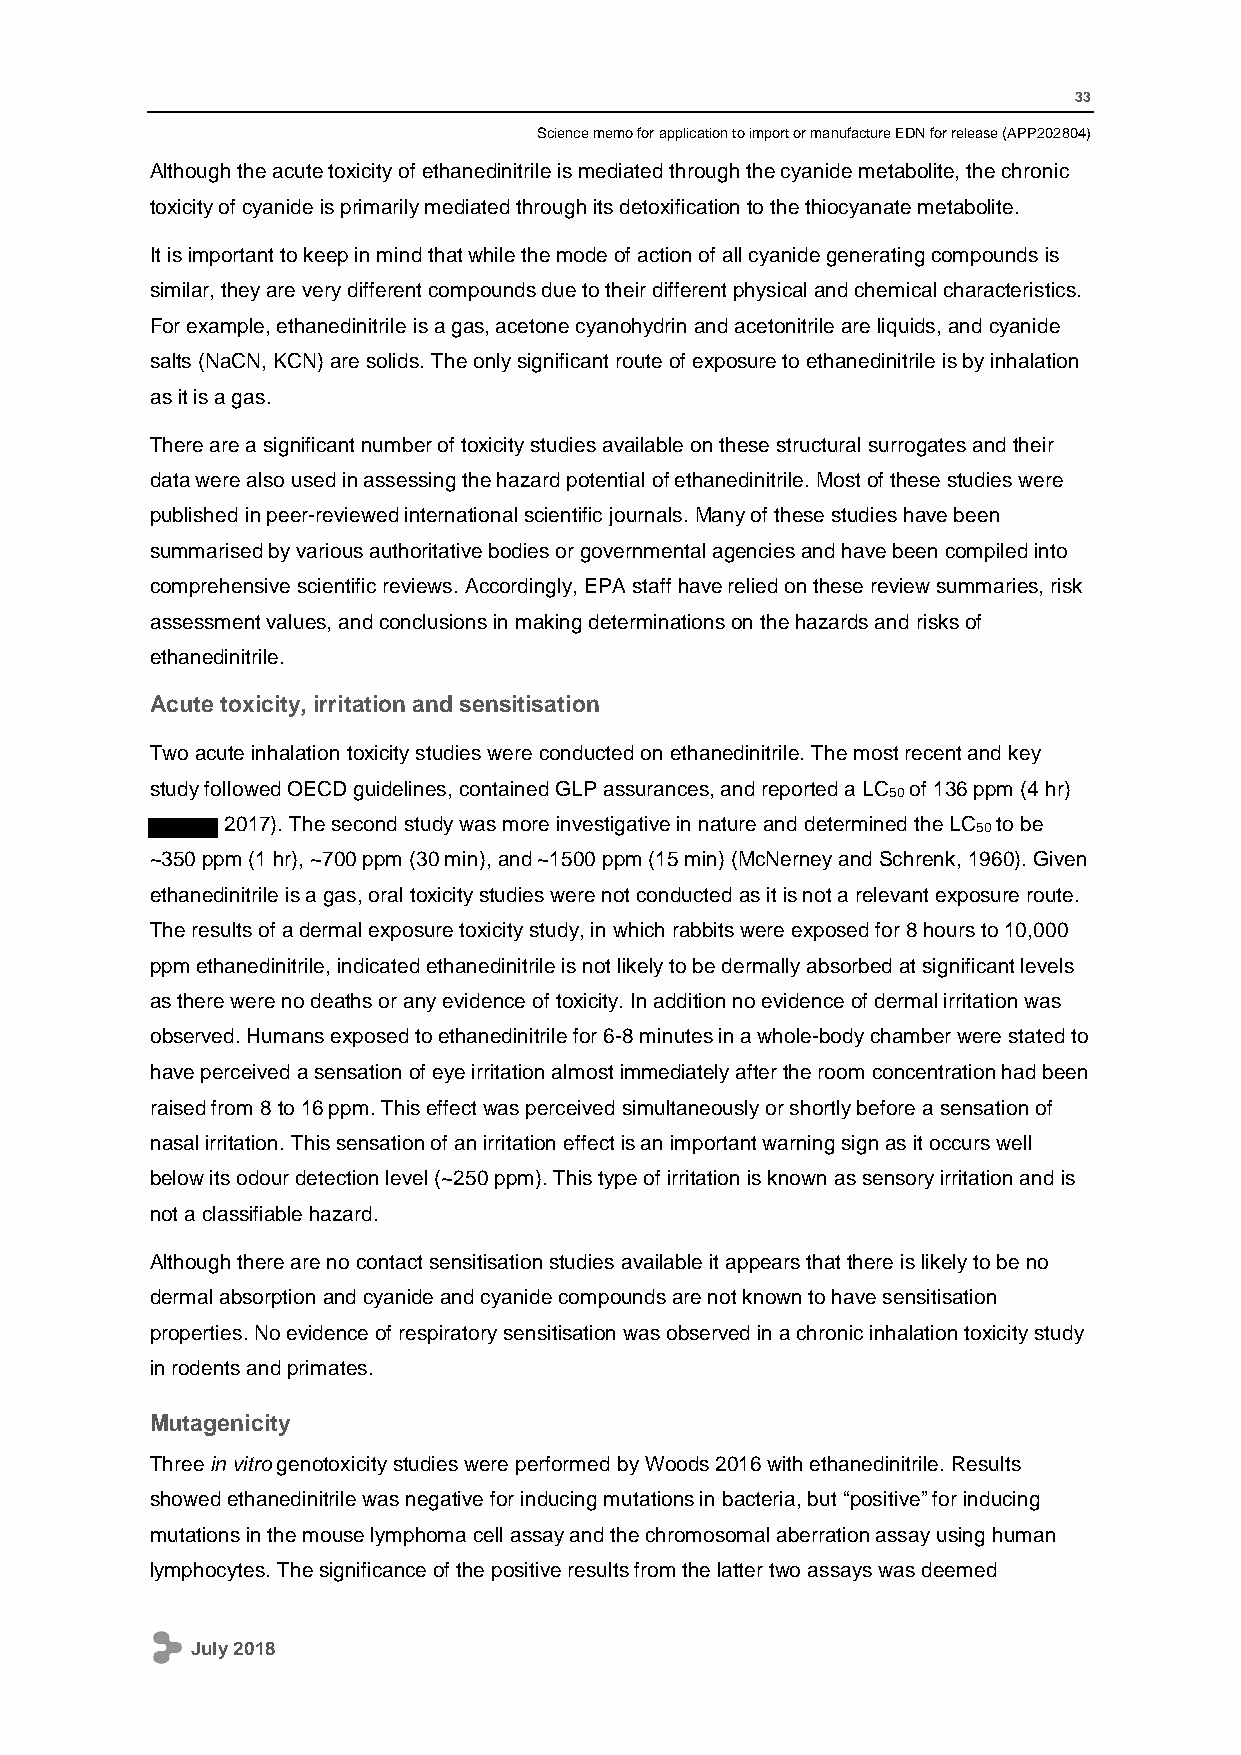
33
 Science memo for application to import or manufacture EDN for release (APP202804)
 Although the acute toxicity of ethanedinitrile is mediated through the cyanide metabolite, the chronic
 toxicity of cyanide is primarily mediated through its detoxification to the thiocyanate metabolite.
 It is important to keep in mind that while the mode of action of all cyanide generating compounds is
 similar, they are very different compounds due to their different physical and chemical characteristics.
 For example, ethanedinitrile is a gas, acetone cyanohydrin and acetonitrile are liquids, and cyanide
 salts (NaCN, KCN) are solids. The only significant route of exposure to ethanedinitrile is by inhalation
 as it is a gas.
 There are a significant number of toxicity studies available on these structural surrogates and their
 data were also used in assessing the hazard potential of ethanedinitrile. Most of these studies were
 published in peer-reviewed international scientific journals. Many of these studies have been
 summarised by various authoritative bodies or governmental agencies and have been compiled into
 comprehensive scientific reviews. Accordingly, EPA staff have relied on these review summaries, risk
 assessment values, and conclusions in making determinations on the hazards and risks of
 ethanedinitrile.
 Acute toxicity, irritation and sensitisation
 Two acute inhalation toxicity studies were conducted on ethanedinitrile. The most recent and key
 study followed OECD guidelines, contained GLP assurances, and reported a LC of 136 ppm (4 hr)
 50
 2017). The second study was more investigative in nature and determined the LC to be
 50
 ~350 ppm (1 hr), ~700 ppm (30 min), and ~1500 ppm (15 min) (McNerney and Schrenk, 1960). Given
 ethanedinitrile is a gas, oral toxicity studies were not conducted as it is not a relevant exposure route.
 The results of a dermal exposure toxicity study, in which rabbits were exposed for 8 hours to 10,000
 ppm ethanedinitrile, indicated ethanedinitrile is not likely to be dermally absorbed at significant levels
 as there were no deaths or any evidence of toxicity. In addition no evidence of dermal irritation was
 observed. Humans exposed to ethanedinitrile for 6-8 minutes in a whole-body chamber were stated to
 have perceived a sensation of eye irritation almost immediately after the room concentration had been
 raised from 8 to 16 ppm. This effect was perceived simultaneously or shortly before a sensation of
 nasal irritation. This sensation of an irritation effect is an important warning sign as it occurs well
 below its odour detection level (~250 ppm). This type of irritation is known as sensory irritation and is
 not a classifiable hazard.
 Although there are no contact sensitisation studies available it appears that there is likely to be no
 dermal absorption and cyanide and cyanide compounds are not known to have sensitisation
 properties. No evidence of respiratory sensitisation was observed in a chronic inhalation toxicity study
 in rodents and primates.
 Mutagenicity
 Three in vitro genotoxicity studies were performed by Woods 2016 with ethanedinitrile. Results
 showed ethanedinitrile was negative for inducing mutations in bacteria, but “positive” for inducing
 mutations in the mouse lymphoma cell assay and the chromosomal aberration assay using human
 lymphocytes. The significance of the positive results from the latter two assays was deemed
 July 2018